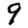
Digit: 9